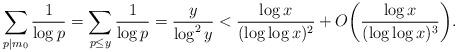
LaTeX: \begin{align*}\sum_{p \mid m_0} \frac{1}{\log p} = \sum_{p \le y} \frac{1}{\log p} = \frac{y}{\log^2 y} < \frac{\log x}{(\log\log x)^2} + O\bigg( \frac{\log x}{(\log\log x)^3} \bigg).\end{align*}